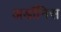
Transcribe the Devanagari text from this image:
अडॉनिस